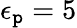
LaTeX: \epsilon_{\mathtt{p}}=5